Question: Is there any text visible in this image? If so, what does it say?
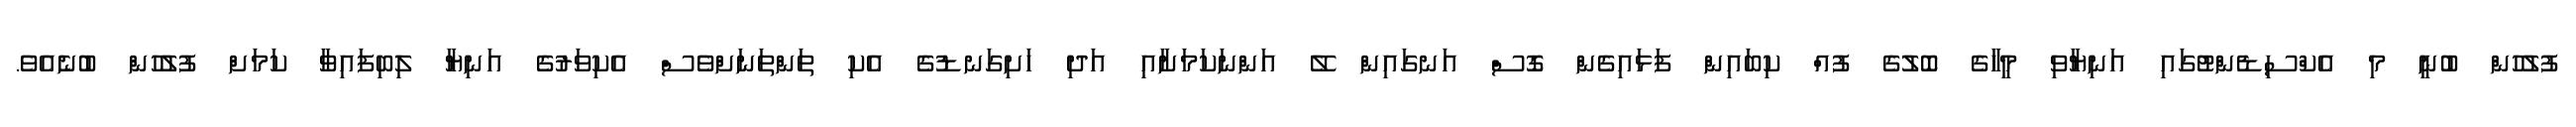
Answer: ފުލުހުން ބުނީ މި އެކްސިޑެންޓުގައި އަނިޔާވި މީހާގެ ބޮލުގެ ފުއް ކިބައިން ފަޅައިގެން ގޮސް އަނގައިން ލޭ އަންނަކަމަށާއި އަދި ހަށިގަނޑުގެ އެކި ތަންތަނަށްވެސް އެކިވަރުގެ އަނިޔާ ލިބިފައިވާ ކަމަށް ފުލުހުން ބުނެއެވެ.